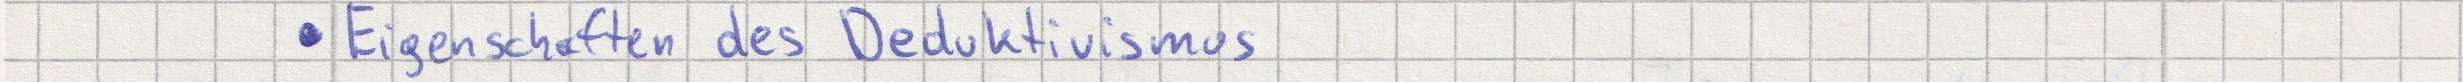
- Eigenschaften des Deduktivismus